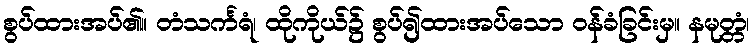
စွပ်ထားအပ်၏။ တံသင်္ကရံ၊ ထိုကိုယ်၌ စွပ်၍ထားအပ်သော ဝန်ခံခြင်းမှ။ နမုတ္တံ၊